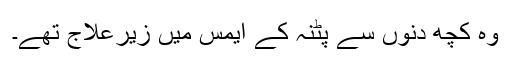
وہ کچھ دنوں سے پٹنہ کے ایمس میں زیرعلاج تھے۔